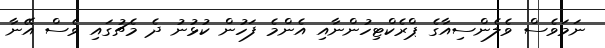
ނަމަވެސް ވެލެންސިއާގެ ޕްރެކްޓިހުންނާއި އެންމެ ފަހުން ކުޅުނު ދެ މެޗުގައި ވެސް އޭނާ